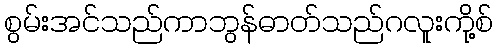
စွမ်းအင်သည်ကာဘွန်ဓာတ်သည်ဂလူးကို့စ်